Plague in India, 1896, 1897 - Volume 2
Year: 1896
Disease focus: Plague
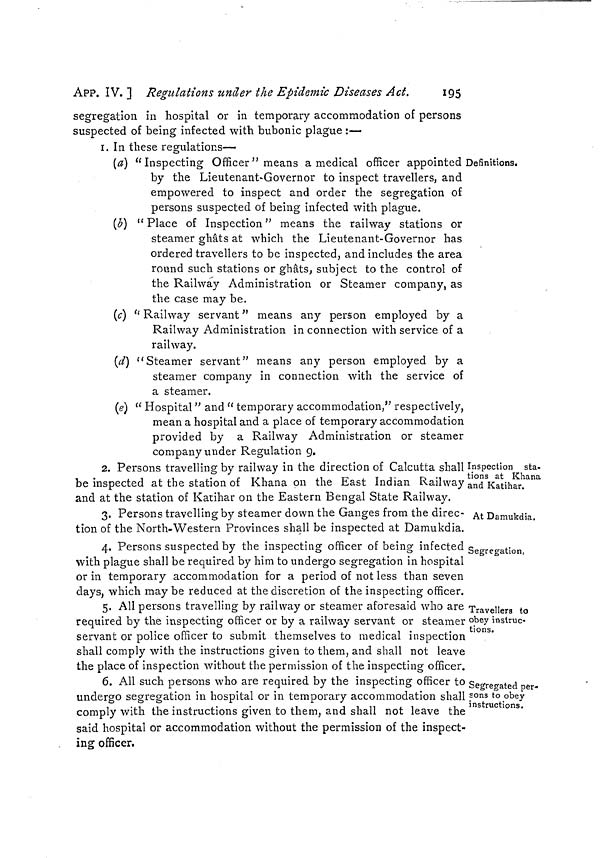
APP. IV. ] Regulations under the Epidemic Diseases Act.
195
segregation in hospital or in temporary accommodation of persons
suspected of being infected with bubonic plague :—
I. In these regulations—
Definitions.
(a) "Inspecting Officer" means a medical officer appointed
by the Lieutenant-Governor to inspect travellers, and
empowered to inspect and order the segregation of
persons suspected of being infected with plague.
(b) "Place of Inspection" means the railway stations or
steamer ghats at which the Lieutenant-Governor has
ordered travellers to be inspected, and includes the area
round such stations or ghâts, subject to the control of
the Railway Administration or Steamer company, as
the case may be.
(c) "Railway servant" means any person employed by a
Railway Administration in connection with service of a
railway.
(d) "Steamer servant" means any person employed by a
steamer company in connection with the service of
a steamer.
(e) " Hospital " and " temporary accommodation," respectively,
mean a hospital and a place of temporary accommodation
provided by a Railway Administration or steamer
company under Regulation 9.
Inspection sta-
tions at Khana
and Katihar.
2. Persons travelling by railway in the direction of Calcutta shall
be inspected at the station of Khana on the East Indian Railway
and at the station of Katihar on the Eastern Bengal State Railway.
At Damukdia.
3. Persons travelling by steamer down the Ganges from the direc-
tion of the North-Western Provinces shall be inspected at Damukdia.
Segregation,
4. Persons suspected by the inspecting officer of being infected
with plague shall be required by him to undergo segregation in hospital
or in temporary accommodation for a period of not less than seven
days, which may be reduced at the discretion of the inspecting officer.
Travellers to
obey instruc-
tions.
5. All persons travelling by railway or steamer aforesaid who are
required by the inspecting officer or by a railway servant or steamer
servant or police officer to submit themselves to medical inspection
shall comply with the instructions given to them, and shall not leave
the place of inspection without the permission of the inspecting officer.
Segregated per-
sons to obey
instructions.
6. All such persons who are required by the inspecting officer to
undergo segregation in hospital or in temporary accommodation shall
comply with the instructions given to them, and shall not leave the
said hospital or accommodation without the permission of the inspect-
ing officer.